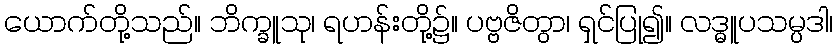
ယောက်တို့သည်။ ဘိက္ခူသု၊ ရဟန်းတို့၌။ ပဗ္ဗဇိတွာ၊ ရှင်ပြု၍။ လဒ္ဓူပသမ္ပဒါ၊